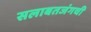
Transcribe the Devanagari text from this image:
सलाबतजंगची